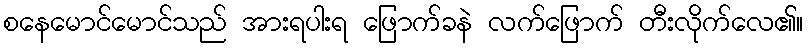
စနေမောင်မောင်သည် အားရပါးရ ဖြောက်ခနဲ လက်ဖြောက် တီးလိုက်လေ၏။